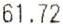
61.72